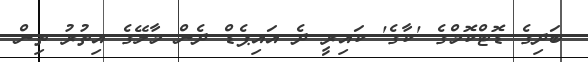
ބަދިގެ ޑޮޓްކޮމްގެ 'ކާގެ' ކައިރީ ދެ އައިޕެޑް ދެން މާލޭގެ އިތުރު ތިން